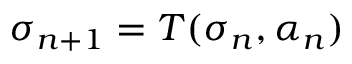
\sigma _ { n + 1 } = { T } ( \sigma _ { n } , \alpha _ { n } )